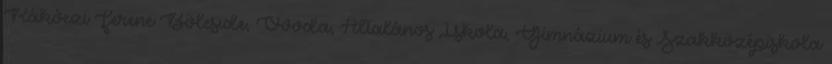
Rákóczi Ferenc Bölcsıde, Óvoda, Általános Iskola, Gimnázium és Szakközépiskola